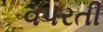
વપરતી